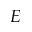
E